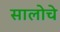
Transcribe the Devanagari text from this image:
सालोचे